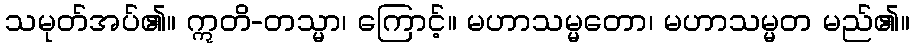
သမုတ်အပ်၏။ ဣတိ-တသ္မာ၊ ကြောင့်။ မဟာသမ္မတော၊ မဟာသမ္မတ မည်၏။